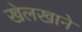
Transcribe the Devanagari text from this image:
खेलखाने